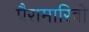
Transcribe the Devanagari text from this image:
पैरामारिबो